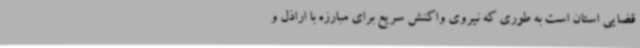
قضایی استان است به طوری که نیروی واکنش سریع برای مبارزه با اراذل و